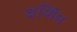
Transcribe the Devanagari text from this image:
वर्णिम